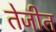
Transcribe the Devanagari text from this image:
तेजीत